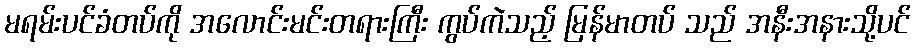
မရမ်းပင်ခံတပ်ကို အလောင်းမင်းတရားကြီး ကွပ်ကဲသည့် မြန်မာတပ် သည် အနီးအနားသို့ပင်